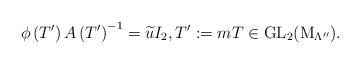
LaTeX: \begin{gather*}\phi\left(T'\right)A\left(T'\right)^{-1}= \widetilde{u} I_{2}, T':=mT \in\operatorname{GL}_{2}(\operatorname{M}_{\Lambda''}).\end{gather*}